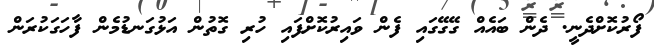
ފޯރުކޮށްދެނީ. ދެން ބައެއް ގޭގޭގައި ފެން ވައިރުކޮށްފައި ހުރި ގޮތުން އަޅުގަނޑުމެން ފާހަގަކުރަން